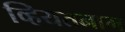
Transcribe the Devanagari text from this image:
व्हियतनाम